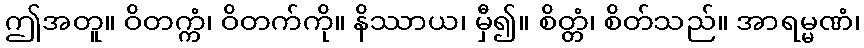
ဤအတူ။ ဝိတက္ကံ၊ ဝိတက်ကို။ နိဿာယ၊ မှီ၍။ စိတ္တံ၊ စိတ်သည်။ အာရမ္မဏံ၊